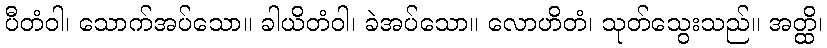
ပီတံဝါ၊ သောက်အပ်သော။ ခါယိတံဝါ၊ ခဲအပ်သော။ လောဟိတံ၊ သုတ်သွေးသည်။ အတ္ထိ၊